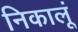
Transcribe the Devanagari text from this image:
निकालूं